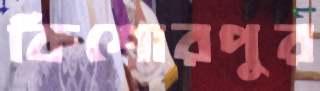
কিশোরপুর